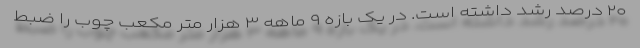
۲۰ درصد رشد داشته است. در یک بازه ۹ ماهه ۳ هزار متر مکعب چوب را ضبط